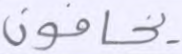
يخافون